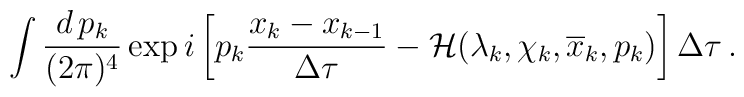
\int \frac{d\,p_k}{(2\pi)^4}\exp i \left[ p_k\frac{x_k-x_{k-1}}{\Delta\tau} - {\cal H}(\lambda_k,\chi_k, \overline{x}_k,p_k)\right]\Delta\tau\,.